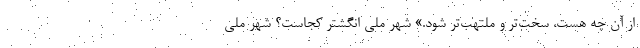
از آن چه هست، سخت‌تر و ملتهب‌تر شود.» شهر ملی انگشتر کجاست؟ شهر ملی